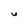
Character: U